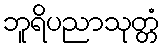
ဘူရိပညာသုတ္တံ